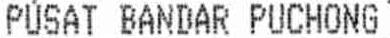
PUSAT BANDAR PUCHONG